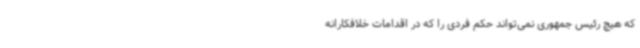
که هیچ رئیس جمهوری نمی‌تواند حکم فردی را که در اقدامات خلافکارانه